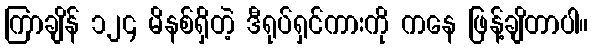
ကြာချိန် ၁၂၄ မိနစ်ရှိတဲ့ ဒီရုပ်ရှင်ကားကို ကနေ ဖြန့်ချိတာပါ။